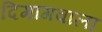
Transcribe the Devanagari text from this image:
दिमागवाला